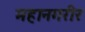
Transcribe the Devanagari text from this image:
महानगरीर